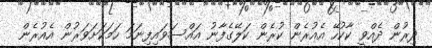
ދިރުން ދެއްވީ ކާކުހޭ އެއުރެން ކުރެން ކަލޭގެފާނު އައްސަވައިފިނަމަ ހަމަކަށަވަރުން އެއުރެން